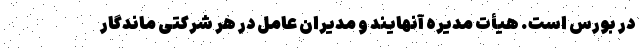
در بورس است. هیأت مدیره آنهایند و مدیران عامل در هر شرکتی ماندگار